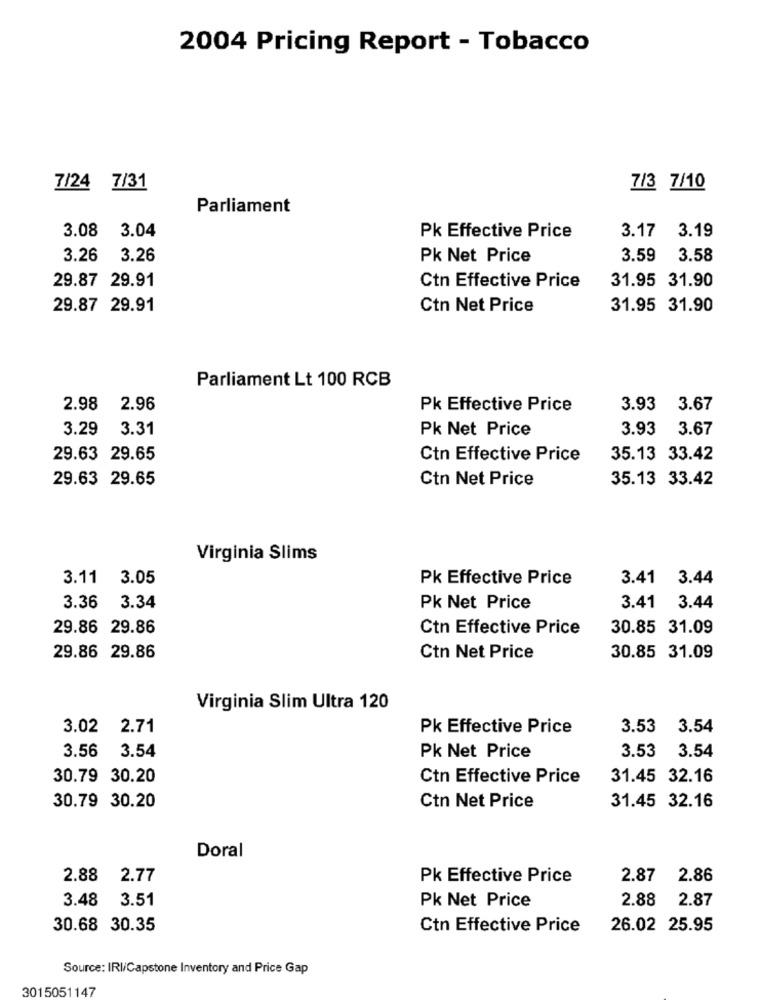
2004 Pricing Report - Tobacco
7/24 7/31
7/3 7/10
Parliament
3.08 3.04
Pk Effective Price
3.17
3.19
3.26
3.26
Pk Net Price
3.59
3.58
29.87 29.91
31.95 31.90
Ctn Effective Price
29.87 29.91
Ctn Net Price
31.95 31.90
Parliament Lt 100 RCB
2.98
2.96
Pk Effective Price
3.93
3.67
3.29
3.31
Pk Net Price
3.93 3.67
29.63 29.65
Ctn Effective Price
35.13 33.42
29.63 29.65
Ctn Net Price
35.13 33.42
Virginia Slims
3.11 3.05
Pk Effective Price
3.41 3.44
3.36
3.34
Pk Net Price
3.41 3.44
29.86 29.86
Ctn Effective Price
30.85 31.09
29.86 29.86
Ctn Net Price
30.85 31.09
Virginia Slim Ultra 120
3.02 2.71
Pk Effective Price
3.53
3.54
3.56
3.54
3.53
3.54
Pk Net Price
30.79 30.20
Ctn Effective Price
31.45 32.16
30.79 30.20
Ctn Net Price
31.45 32.16
Doral
2.88 2.77
Pk Effective Price
2.87
2.86
3.48 3.51
Pk Net Price
2.88
2.87
30.68 30.35
Ctn Effective Price
26.02 25.95
Source: IRI/Capstone Inventory and Price Gap
3015051147